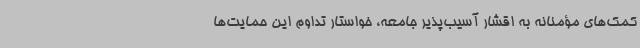
کمک‌های مؤمنانه به اقشار آسیب‌پذیر جامعه، خواستار تداوم این حمایت‌ها